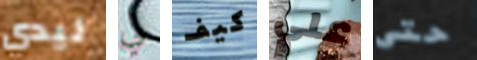
ليدي لي كيف علي حتى